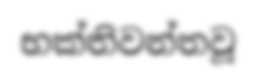
භක්තිවන්තවූ